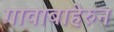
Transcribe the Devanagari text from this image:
गावाबाहेरुन